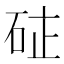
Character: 𮀗